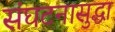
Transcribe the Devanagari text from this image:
संघटनासुद्धा